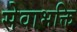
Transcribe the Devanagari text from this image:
सेवाभक्ति